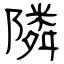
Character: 隣